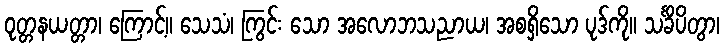
ဝုတ္တနယတ္တာ၊ ကြောင့်။ သေသံ၊ ကြွင်း သော အလောဘသညာယ၊ အစရှိသော ပုဒ်ကို။ သင်္ခိပိတွာ၊